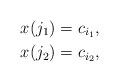
LaTeX: \begin{align*}& x_{}(j_1) = c_{i_1}, \\& x_{}(j_2) = c_{i_2},\end{align*}